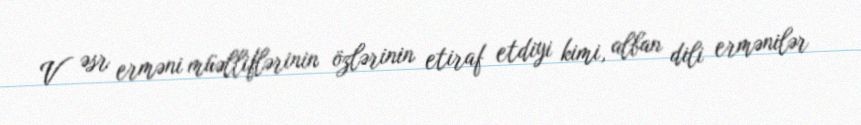
V əsr erməni müəlliflərinin özlərinin etiraf etdiyi kimi, alban dili ermənilər